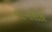
નાગરીકી